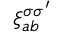
\xi _ { a b } ^ { \sigma \sigma ^ { \prime } }